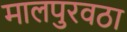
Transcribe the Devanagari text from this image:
मालपुरवठा